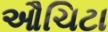
ઔચિટા